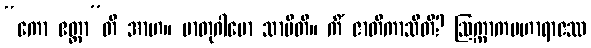
“ကော ဧတ္ထာ”တိ အာဟ။ မာတုဂါမော သာမီတိ။ ကိံ ဇာတိကာသီတိ? ဩက္ကာကမဟာရာဇဿ